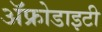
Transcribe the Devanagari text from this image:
ॲफ्रोडाइटी